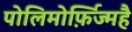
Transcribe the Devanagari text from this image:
पोलिमोर्फ़िज्महै